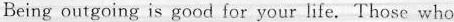
Being outgoing is good for your life.Those who